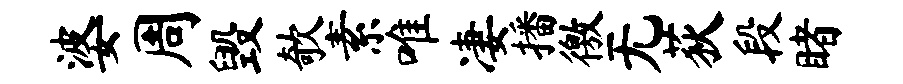
婆周毁欹素唯凄播徼无荻段睹